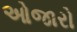
ઓજારો